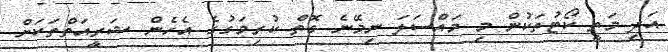
އަދި މަތީ ކޯޓުތަކުން މި މައްސަލަ ނިމޭނެ ގޮތް ކުރިމަގުގެ އެހެން ޝަރީއަތްތަކަށް